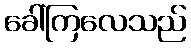
ခေါ်ကြလေသည်